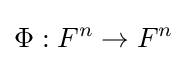
\Phi :F^{n}\to F^{n}